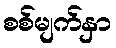
စစ်မျက်နှာ